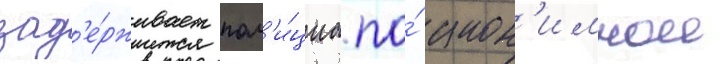
зад'е́рживает пол'и́циа по́ анон'имнои